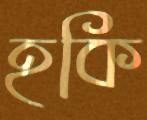
হকি